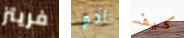
فريتز ادم كيف